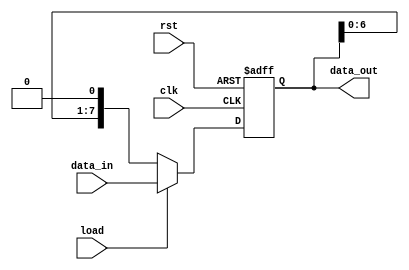
module parameterized_shift_register #(
    parameter WIDTH = 8,  // Default width of the shift register
    parameter DIR = 0     // Default direction (0: left, 1: right)
)(
    input wire clk,            // Clock signal
    input wire rst,            // Asynchronous reset
    input wire load,           // Load control signal
    input wire [WIDTH-1:0] data_in,  // Input data for loading
    output reg [WIDTH-1:0] data_out   // Output data
);

// Always block triggered on the rising edge of the clock
always @(posedge clk or posedge rst) begin
    if (rst) begin
        // Reset the shift register to zero
        data_out <= {WIDTH{1'b0}};
    end else if (load) begin
        // Load new data into the shift register
        data_out <= data_in;
    end else begin
        // Perform shifting based on the direction parameter
        case (DIR)
            1'b0: begin
                // Shift left: MSB out, LSB in with zero
                data_out <= {data_out[WIDTH-2:0], 1'b0};
            end
            1'b1: begin
                // Shift right: LSB out, MSB in with zero
                data_out <= {1'b0, data_out[WIDTH-1:1]};
            end
            default: begin
                // Default case should not occur
                data_out <= data_out; // maintain current state
            end
        endcase
    end
end

endmodule